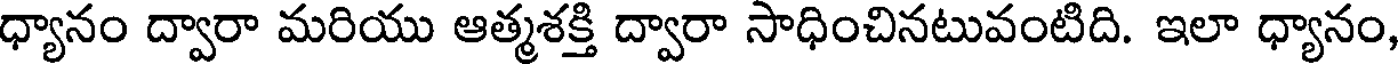
ధ్యానం ద్వారా మరియు ఆత్మశక్తి ద్వారా సాధించినటువంటిది. ఇలా ధ్యానం,